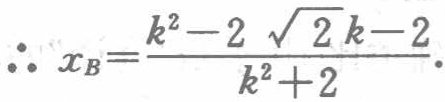
\(\therefore x_{B}=\frac{k^{2}-2\sqrt{2}k - 2}{k^{2}+2}\).